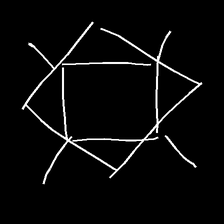
Glyph: light